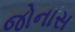
જોનાસ